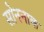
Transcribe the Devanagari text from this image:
सोननाक